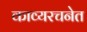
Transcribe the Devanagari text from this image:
काव्यरचनेत